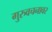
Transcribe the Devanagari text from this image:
गुरुवचनावर